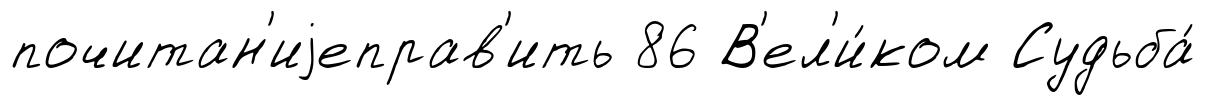
почитан'иjеправ'ить 86 В'ел'и́ком Судьба́